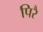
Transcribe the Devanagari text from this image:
पिरै